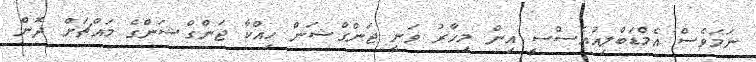
ނަމަވެސް އެމްޑަބްލިއުއެސްސީ އިން މިހާރު ވަނީ ޖަންގްޝަން ހިއްކާ ޖަންގްޝަންގެ މައްޗަށް ދޮން